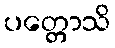
ပတ္တောသိ